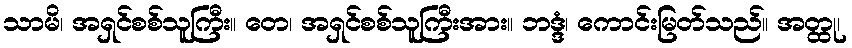
သာမိ၊ အရှင်စစ်သူကြီး။ တေ၊ အရှင်စစ်သူကြီးအား။ ဘဒ္ဒံ၊ ကောင်းမြတ်သည်။ အတ္ထု၊